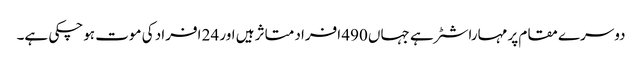
دوسرے مقام پر مہاراشٹر ہے جہاں 490 افراد متاثر ہیں اور 24 افراد کی موت ہوچکی ہے۔